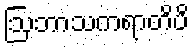
ဩဘာသကရာတိပိ